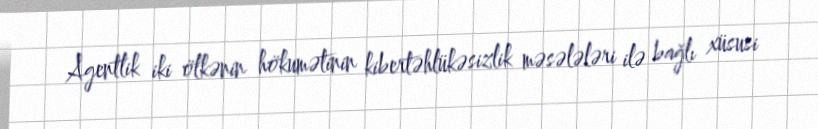
Agentlik iki ölkənin hökumətinin kibertəhlükəsizlik məsələləri ilə bağlı xüsusi